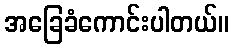
အခြေခံကောင်းပါတယ်။